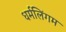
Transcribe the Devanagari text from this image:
धर्मलिंगम